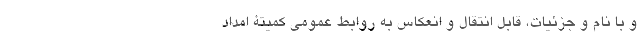
و با نام و جزئیات، قابل انتقال و انعکاس به روابط عمومی کمیتۀ امداد